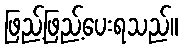
ဖြည့်ဖြည့်ပေးရသည်။